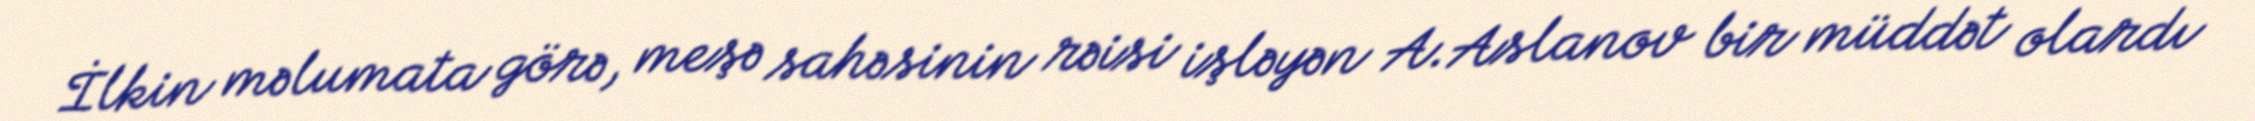
İlkin məlumata görə, meşə sahəsinin rəisi işləyən A.Aslanov bir müddət olardı